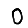
Digit: 0